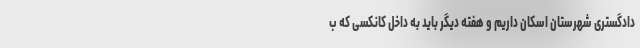
دادگستری شهرستان اسکان داریم و هفته دیگر باید به داخل کانکسی که ب